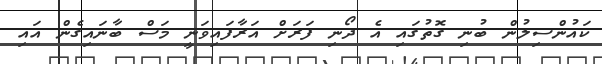
ކައުންސިލުން ބުނި ގޮތުގައި އެ ދޯނި ފަރަށް އަރާފައިވަނީ މަސް ބާނައިގެން އައި